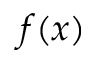
f ( x )